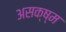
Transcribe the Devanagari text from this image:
असक्ष्म